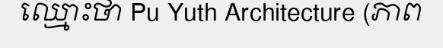
ឈ្មោះថា Pu Yuth Architecture (ភាព